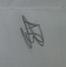
Signature authenticity: genuine